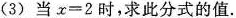
（3）当$$x = 2$$时，求此分式的值.